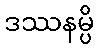
ဒဿနမ္ပိ